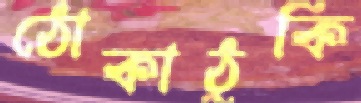
ঠোকাঠুকি